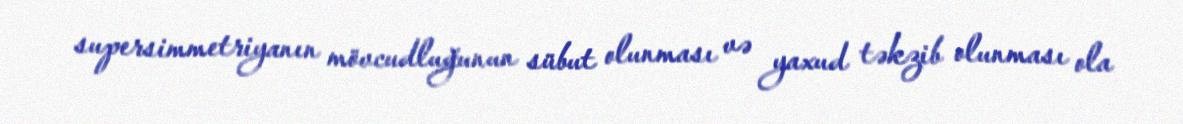
supersimmetriyanın mövcudluğunun sübut olunması və yaxud təkzib olunması ola